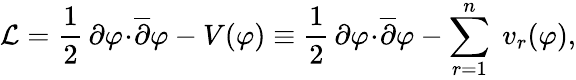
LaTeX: {\cal L}=\frac{1}{2}\, \partial\varphi\! \cdot\! {\overline{{\partial}}}\varphi-V(\varphi)\equiv\frac{1}{2}\, \partial\varphi\! \cdot\! {\overline{{\partial}}}\varphi-\sum_{r=1}^{n}\; v_{r}(\varphi),